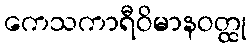
ကေသကာရီဝိမာနဝတ္ထု